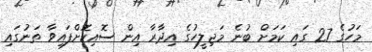
މަހުގެ 27 ގައި ކަމަށް ބުނެ މަޖިލީހުގެ އިދާރާ އިން ސޮއިކޮށްފައިވާ ތަނުގައި